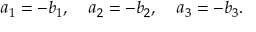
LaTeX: a _ { 1 } = - b _ { 1 } , \quad a _ { 2 } = - b _ { 2 } , \quad a _ { 3 } = - b _ { 3 } .